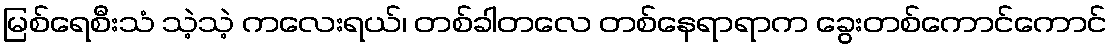
မြစ်ရေစီးသံ သဲ့သဲ့ ကလေးရယ်၊ တစ်ခါတလေ တစ်နေရာရာက ခွေးတစ်ကောင်ကောင်